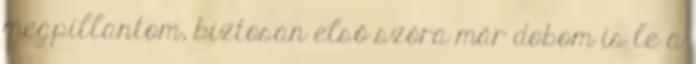
megpillantom, biztosan első szóra már dobom is le a